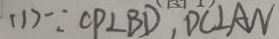
( 1 ) \because C P \bot B D , D C \bot A N